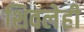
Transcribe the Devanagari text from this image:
शिवलेही